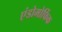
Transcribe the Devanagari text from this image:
एंडोमोर्फिक